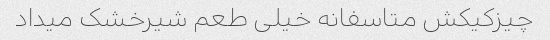
چیزکیکش متاسفانه خیلی طعم شیرخشک میداد